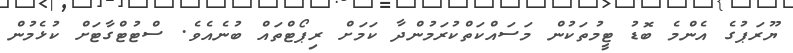
ޔޫރަޕުގެ އެންމެ ބޮޑު ޓީމުތަކުން މަސައްކަތްކުރަމުންދާ ކަމަށް ރިޕޯޓްތައް ބުނެއެވެ. ސްޓުޓްގާޓަށް ކުޅެމުން